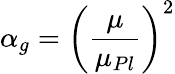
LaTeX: \alpha_{g}=\left(\frac{\mu}{\mu_{Pl}}\right)^{2}